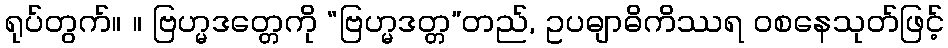
ရုပ်တွက်။ ။ ဗြဟ္မဒတ္တေကို “ဗြဟ္မဒတ္တ”တည်, ဥပဓျာဓိကိဿရ ဝစနေသုတ်ဖြင့်